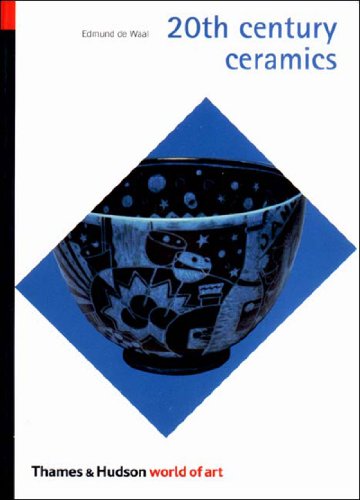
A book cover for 20th Century Ceramics (World of Art); Edmund de Waal; Crafts, Hobbies & Home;